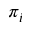
\pi _ { i }